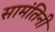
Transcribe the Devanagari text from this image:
सामंतिनी